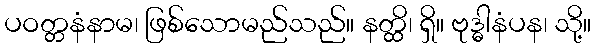
ပဝတ္တနံနာမ၊ ဖြစ်သောမည်သည်။ နတ္ထိ၊ ရှိ။ ဗုဒ္ဓါနံပန၊ သို့။